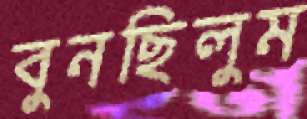
বুনছিলুম